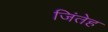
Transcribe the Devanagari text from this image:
जिंतेह